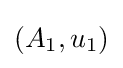
(A_{1},u_{1})